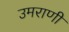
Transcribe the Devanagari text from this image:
उमराणी